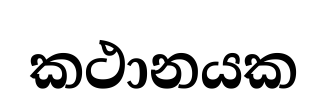
කථානයක